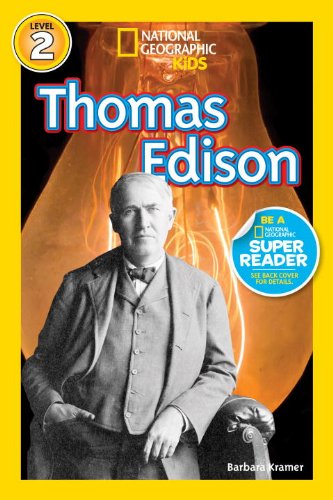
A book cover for National Geographic Readers: Thomas Edison (Readers Bios); Barbara Kramer; Children's Books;